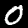
Digit: 0